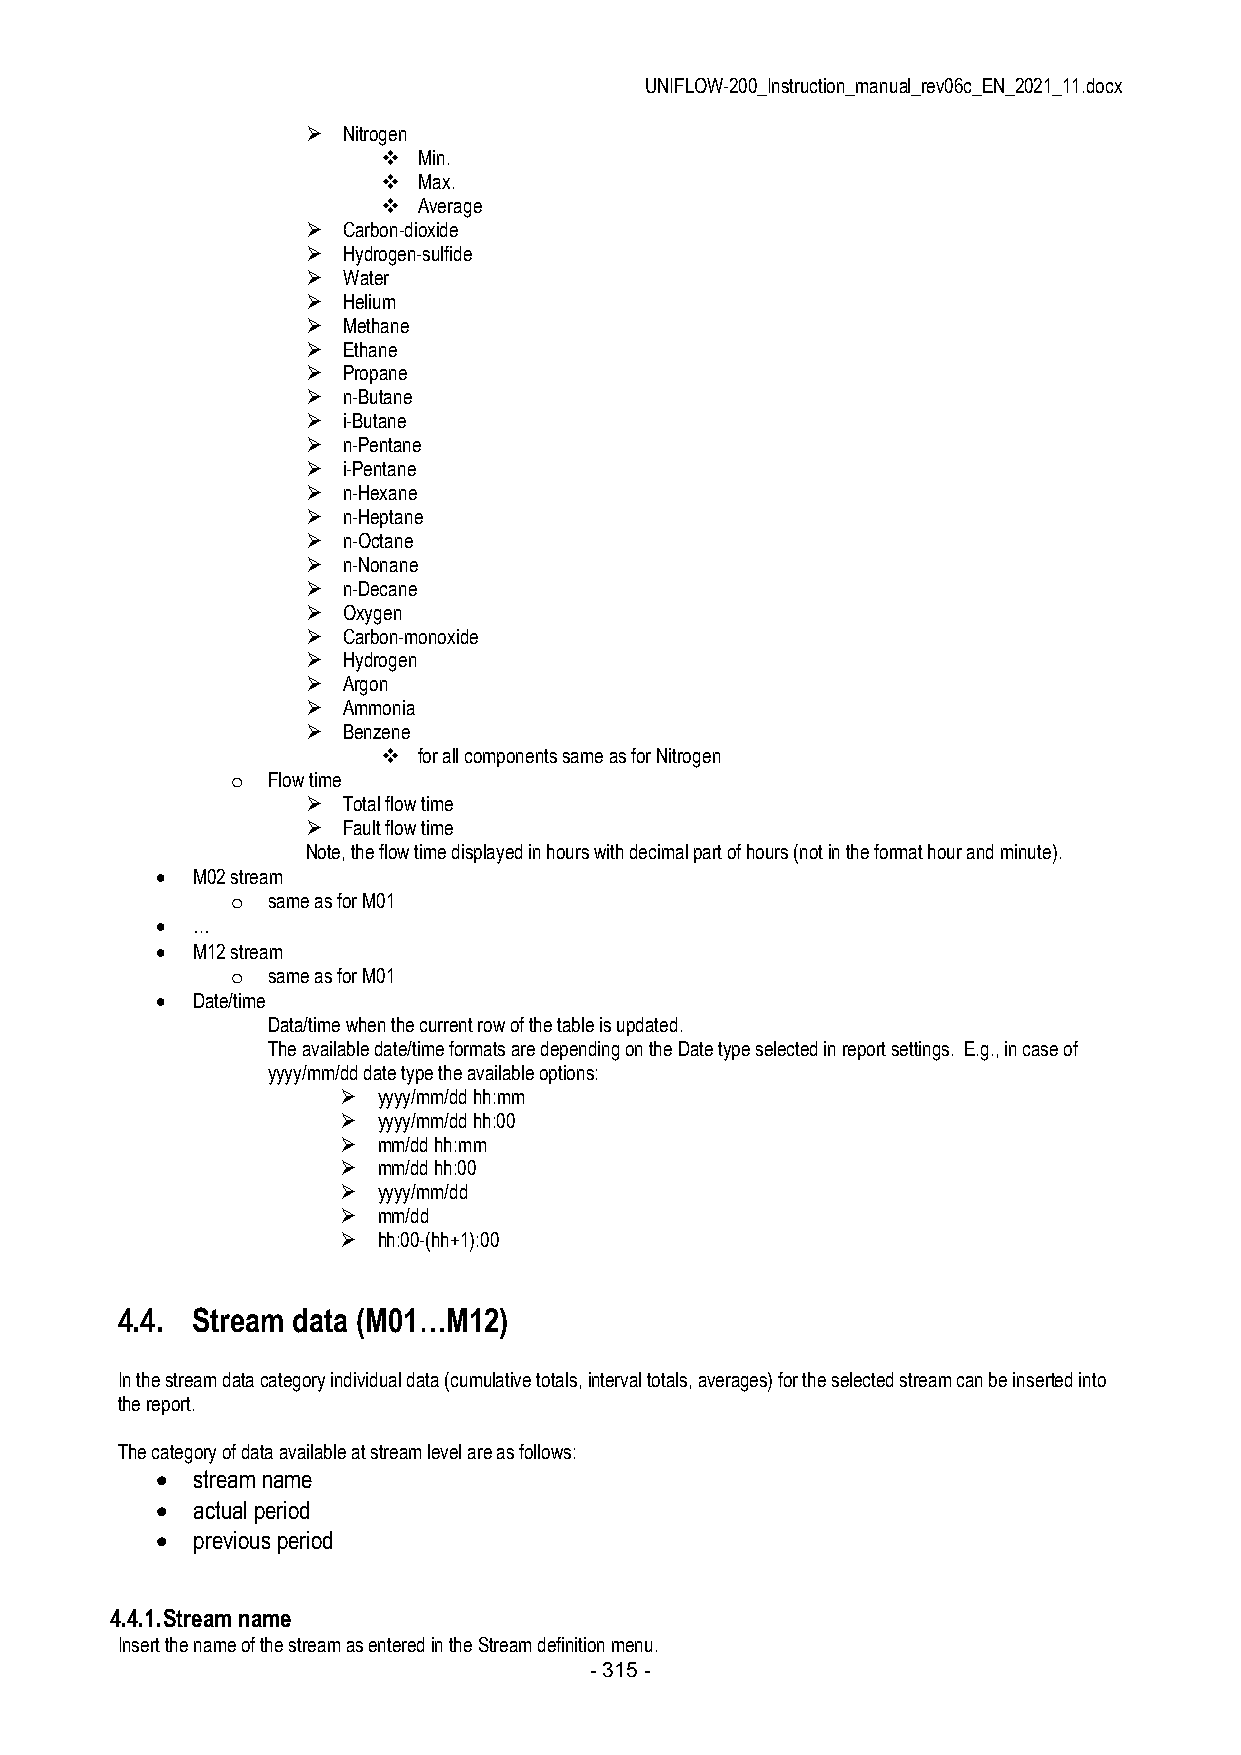
UNIFLOW-200_Instruction_manual_rev06c_EN_2021_11.docx
   Nitrogen
   Min.
   Max.
   Average
   Carbon-dioxide
   Hydrogen-sulfide
   Water
   Helium
   Methane
   Ethane
   Propane
   n-Butane
   i-Butane
   n-Pentane
   i-Pentane
   n-Hexane
   n-Heptane
   n-Octane
   n-Nonane
   n-Decane
   Oxygen
   Carbon-monoxide
   Hydrogen
   Argon
   Ammonia
   Benzene
   for all components same as for Nitrogen
 o  Flow time
   Total flow time
   Fault flow time
 Note, the flow time displayed in hours with decimal part of hours (not in the format hour and minute).
   M02 stream
 o  same as for M01
   …
   M12 stream
 o  same as for M01
   Date/time
 Data/time when the current row of the table is updated.
 The available date/time formats are depending on the Date type selected in report settings. E.g., in case of
 yyyy/mm/dd date type the available options:
   yyyy/mm/dd hh:mm
   yyyy/mm/dd hh:00
   mm/dd hh:mm
   mm/dd hh:00
   yyyy/mm/dd
   mm/dd
   hh:00-(hh+1):00
 4.4. Stream data (M01…M12)
 In the stream data category individual data (cumulative totals, interval totals, averages) for the selected stream can be inserted into
 the report.
 The category of data available at stream level are as follows:
   stream name
   actual period
   previous period
 4.4.1. Stream name
 Insert the name of the stream as entered in the Stream definition menu.
 - 315 -